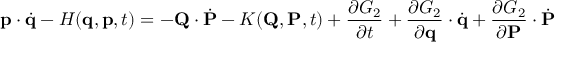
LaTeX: \mathbf { p } \cdot { \dot { \mathbf { q } } } - H ( \mathbf { q } , \mathbf { p } , t ) = - \mathbf { Q } \cdot { \dot { \mathbf { P } } } - K ( \mathbf { Q } , \mathbf { P } , t ) + { \frac { \partial G _ { 2 } } { \partial t } } + { \frac { \partial G _ { 2 } } { \partial \mathbf { q } } } \cdot { \dot { \mathbf { q } } } + { \frac { \partial G _ { 2 } } { \partial \mathbf { P } } } \cdot { \dot { \mathbf { P } } }